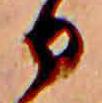
日